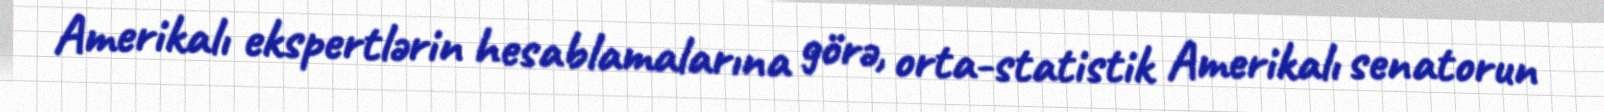
Amerikalı ekspertlərin hesablamalarına görə, orta-statistik Amerikalı senatorun